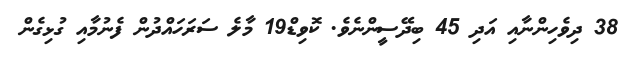
38 ދިވެހިންނާއި އަދި 45 ބިދޭސީންނެވެ. ކޮވިޑް19 މާލެ ސަރަހައްދުން ފެނުމާއި ގުޅިގެން